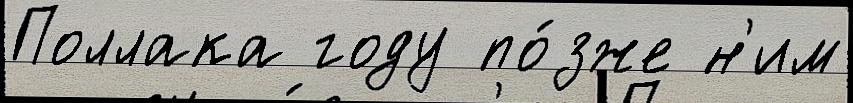
Поллака году по́зже н'им